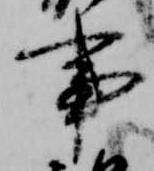
事